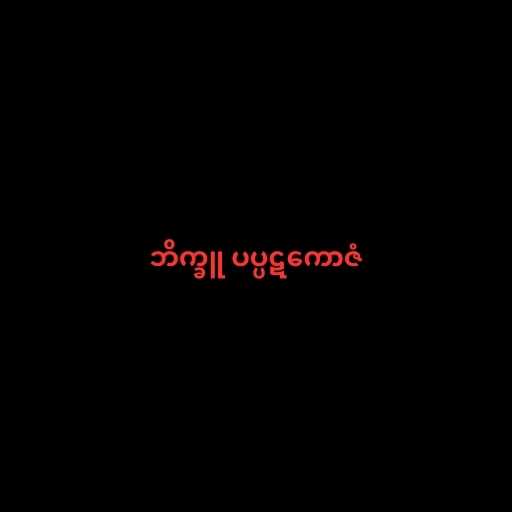
ဘိက္ခူ ပပ္ပဋကောဇံ